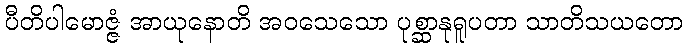
ပီတိပါမောဇ္ဇံ အာယုနောတိ အဝသေသော ပုစ္ဆာနုရူပတာ သာတိသယတော